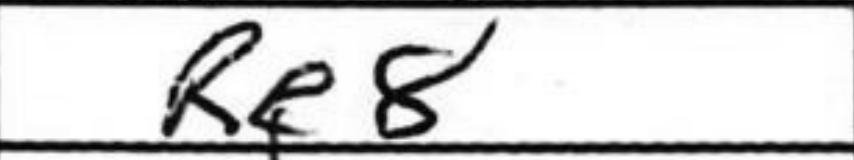
Transcription: Re8